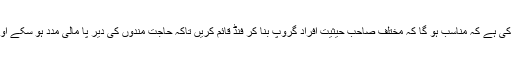
مزید برآں شعبہ تحقیق نے تجویز پیش کی ہے کہ مناسب ہو گا کہ مختلف صاحب حیثیت افراد گروپ بنا کر فنڈ قائم کریں تاکہ حاجت مندوں کی دیر پا مالی مدد ہو سکے اور ان کی عزت نفس بھی مجروح نہ ہو۔